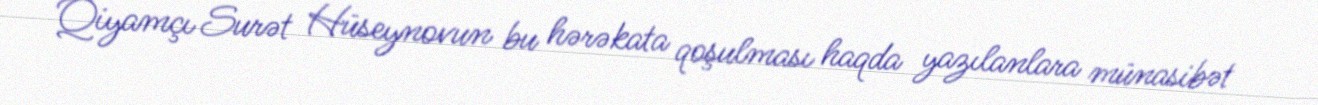
Qiyamçı Surət Hüseynovun bu hərəkata qoşulması haqda yazılanlara münasibət